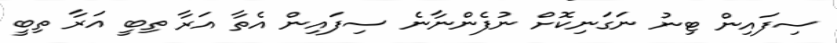
ސިފައިން ޓިނު ނަގަނިކޮށް ނުފެންނާނެ ސިފައިން އެތާ އަރާ ތިބީ އަރާ ތިބީ